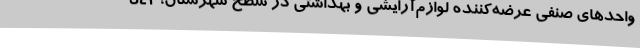
واحدهای صنفی عرضه‌کننده لوازم‌آرایشی و بهداشتی در سطح شهرستان، 542